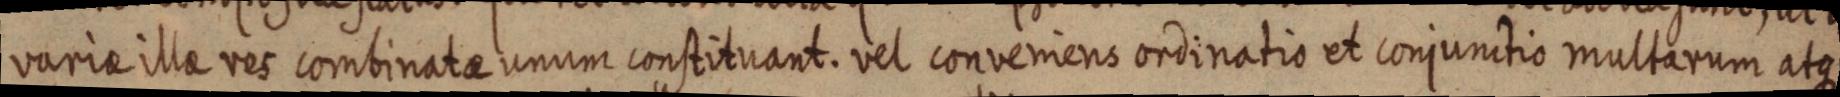
variae illa res combinatae unum constituant. vel conveniens ordinatio et conjunctio multarum atque